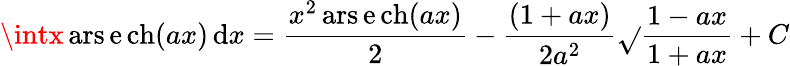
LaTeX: \intx\operatorname{ars\mathrm{e}ch}(ax)\, \mathrm{d}x={\frac{{x^{2}\operatorname{ars\mathrm{e}ch}(ax)}}{{2}}}-{\frac{{(1+ax)}}{{2a^{2}}}}{\sqrt{}{{\frac{{1-ax}}{{1+ax}}}}}+C